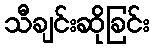
သီချင်းဆိုခြင်း